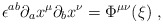
\begin{align*}\epsilon^{ab}\partial_a x^\mu\partial_b x^\nu=\Phi^{\mu\nu}({\xi})\ ,\end{align*}